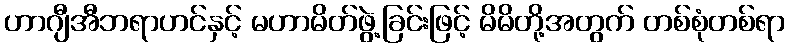
ဟာဂျီအီဘရာဟင်နှင့် မဟာမိတ်ဖွဲ့ခြင်းဖြင့် မိမိတို့အတွက် တစ်စုံတစ်ရာ